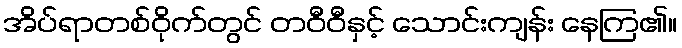
အိပ်ရာတစ်ဝိုက်တွင် တဝီဝီနှင့် သောင်းကျန်း နေကြ၏။